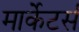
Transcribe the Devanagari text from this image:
मार्केटर्स